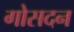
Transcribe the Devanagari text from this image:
गोसदन